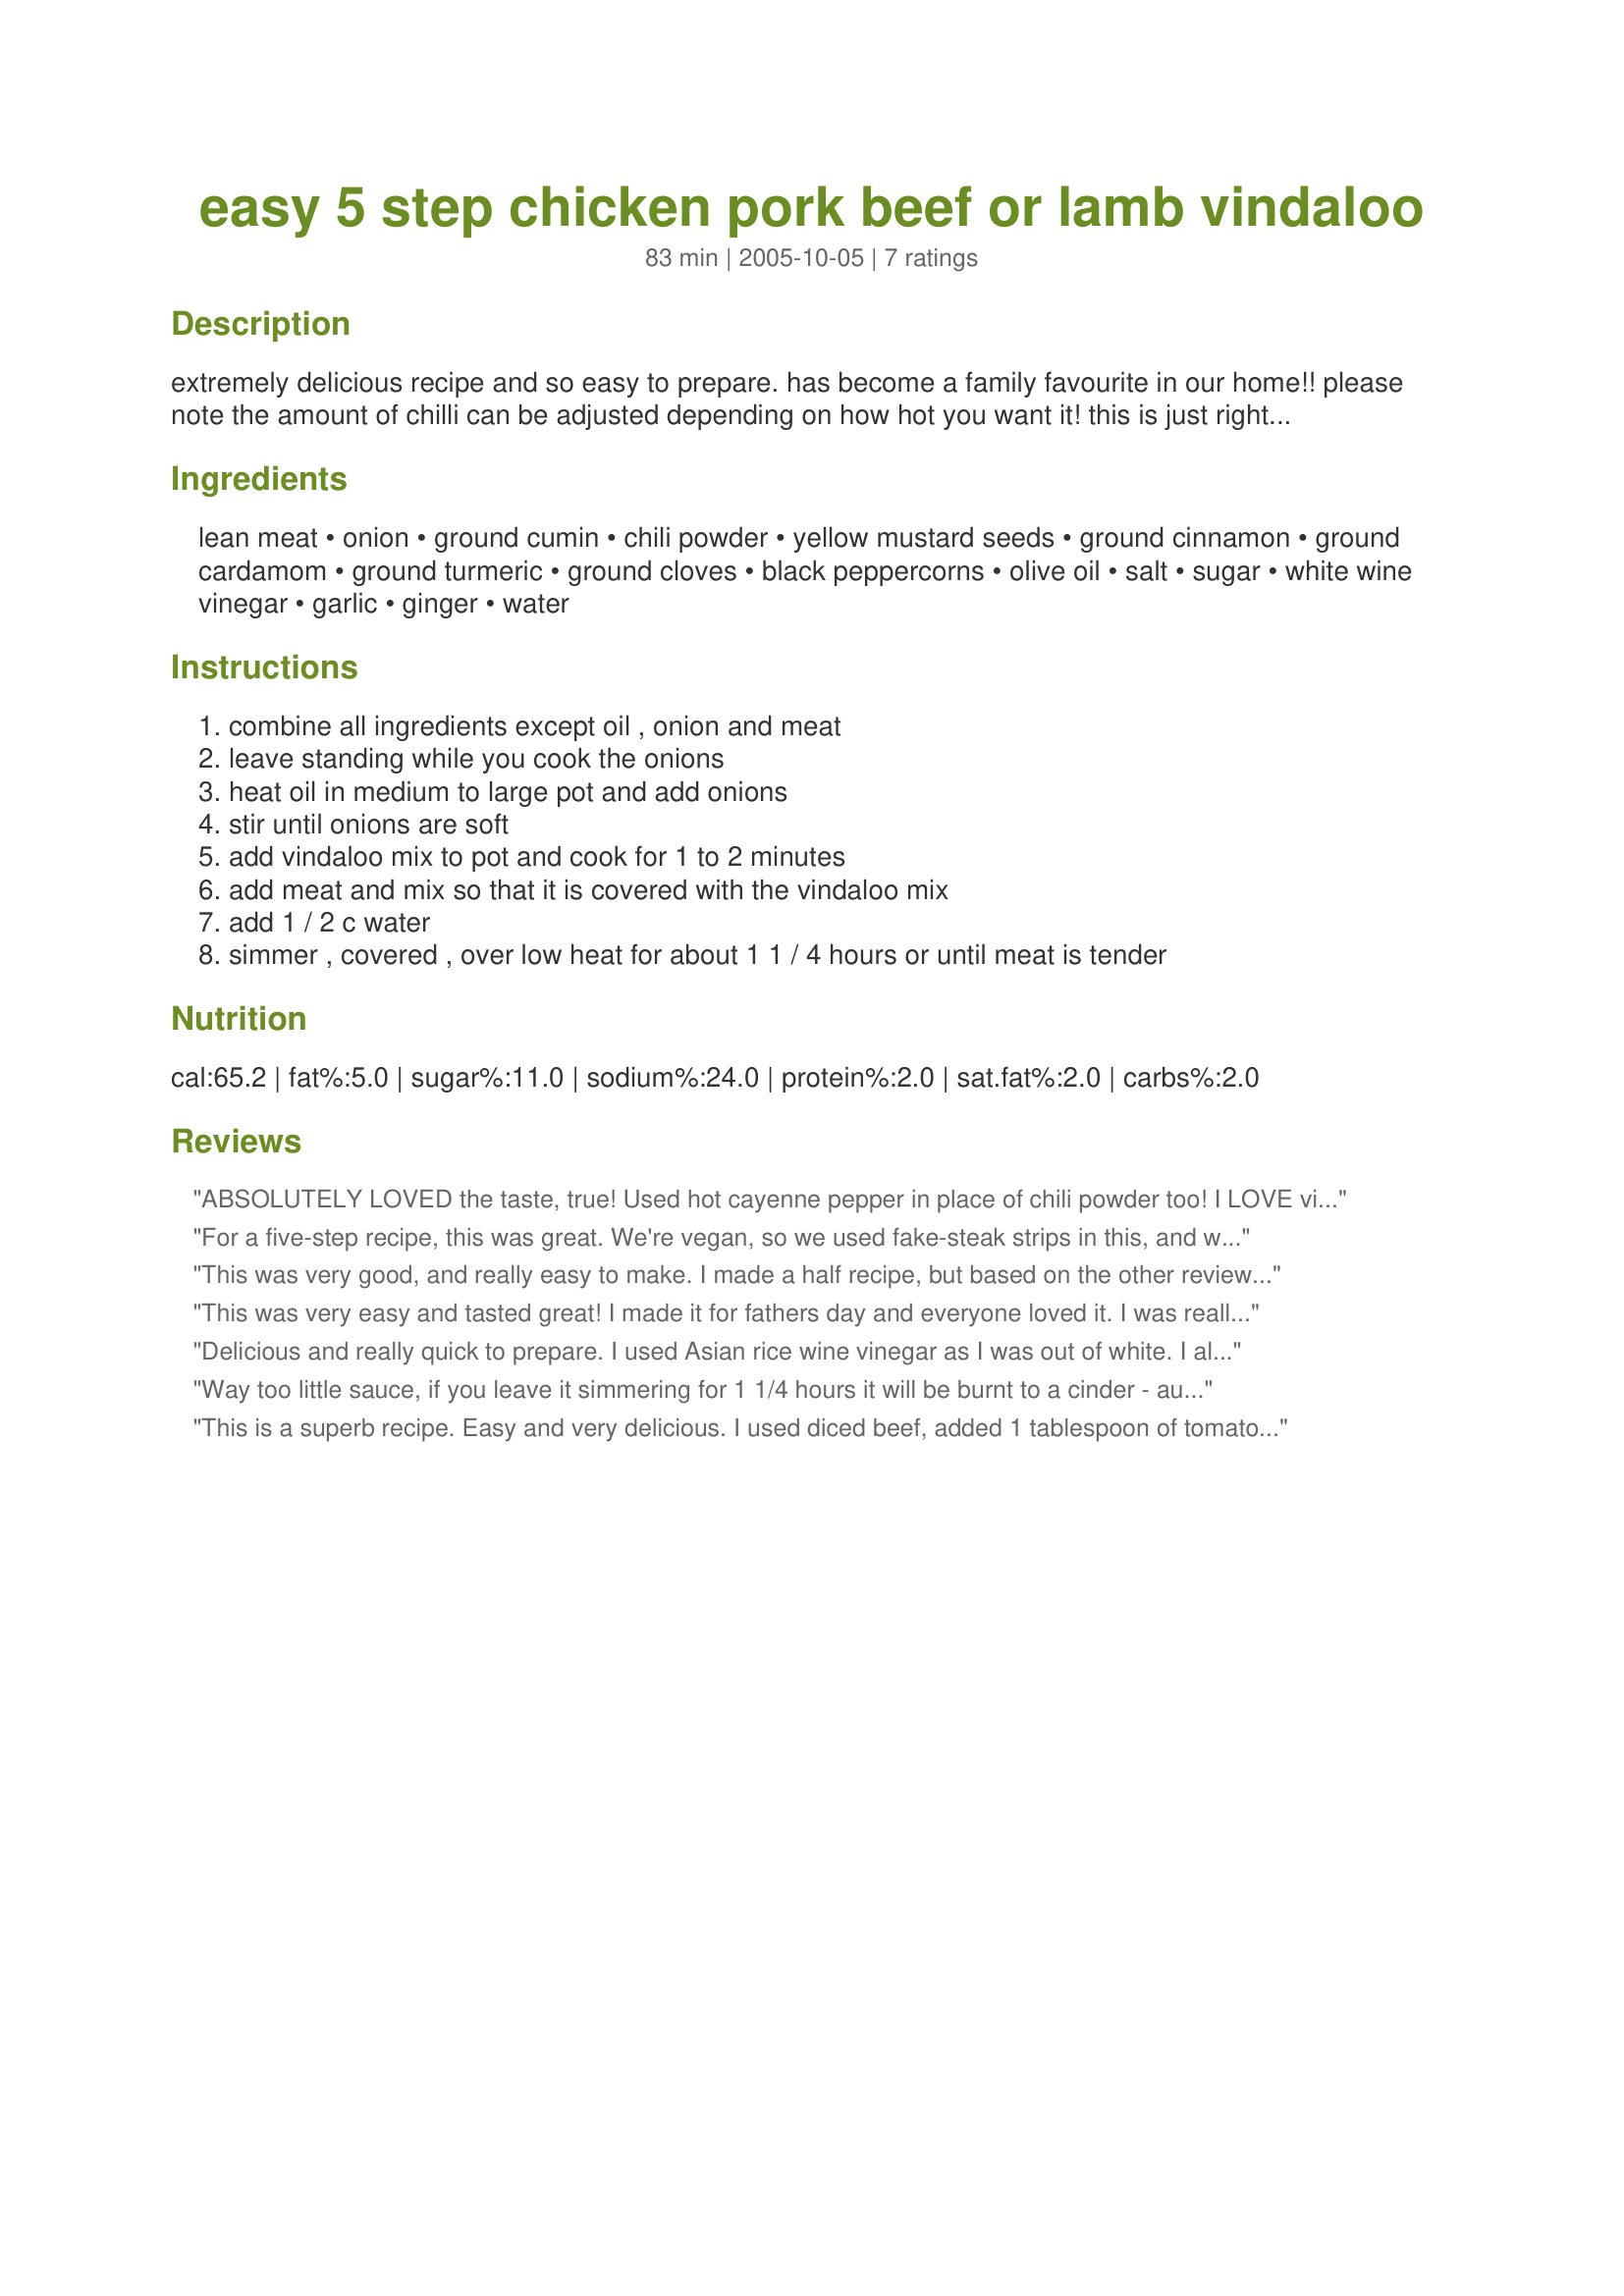
easy 5 step chicken pork beef or lamb vindaloo
Preparation time: 83 minutes

extremely delicious recipe and so easy to prepare. has become a family favourite in our home!! please note the amount of chilli can be adjusted depending on how hot you want it! this is just right for our palates.

Ingredients:
lean meat, onion, ground cumin, chili powder, yellow mustard seeds, ground cinnamon, ground cardamom, ground turmeric, ground cloves, black peppercorns, olive oil, salt, sugar, white wine vinegar, garlic, ginger, water

Steps:
combine all ingredients except oil , onion and meat, leave standing while you cook the onions, heat oil in medium to large pot and add onions, stir until onions are soft, add vindaloo mix to pot and cook for 1 to 2 minutes, add meat and mix so that it is covered with the vindaloo mix, add 1 / 2 c water, simmer , covered , over low heat for about 1 1 / 4 hours or until meat is tender

Reviews:
ABSOLUTELY LOVED the taste, true! Used hot cayenne pepper in place of chili powder too! I LOVE vindaloo hot and spciy as can be! Then again, might be me! Used 400 g lamb backstrap today! When I covered and put on low after about 20 minutes checked on it and had started to stick so I added about 1/2 cup water and so far so good and has not taken away from the TERRIFIC taste. If you can let me know what I did wrong and yes it stayed on low the entire time in a non stick Jamie Oliver pan covered. Thanks!
For a five-step recipe, this was great. We're vegan, so we used fake-steak strips in this, and we found we needed to add some water to it. This was a great way to spice up dinner! Thanks!
This was very good, and really easy to make. I made a half recipe, but based on the other reviews, I doubled the liquid, and it came out beautifully. I also cooked it in a small cast iron dutch oven (instead of a skillet), which may have helped with the liquid not evaporating so fast. We enjoyed this over steamed rice, and since it was a bit on the spicy side, I topped my serving with a bit of sour cream (yogurt would have been better, but I didn't have any). Thanks for a lovely recipe, which I will definitely make again!
This was very easy and tasted great! I made it for fathers day and everyone loved it. I was really happy that it wasn't to hot, just a lovely balance of flavours.
Thanks
Delicious and really quick to prepare. I used Asian rice wine vinegar as I was out of white. I also added 1/3 cup water for simmering then let it reduce just before serving.
I served it over boiled potatoes. Yum!
Way too little sauce, if you leave it simmering for 1 1/4 hours it will be burnt to a cinder - author please correct this recipe!!
This is a superb recipe. Easy and very delicious. I used diced beef, added 1 tablespoon of tomato paste and half a cup of water and used a pressure cooker. It took 25 minutes to cook and the meat was melt in the mouth. I served it with my rice pulao #172520, some yoghurt and pappadums. I can't wait to try it with the other meats.
